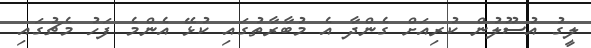
ލީގު އުސޫލުން ކުރިއަށް ގެންދާ އެ މުބާރާތުގައި ކުޅޭ އެންމެ ފަހު މެޗުގައި